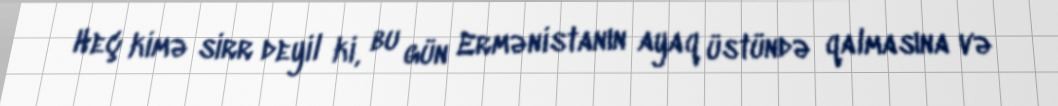
Heç kimə sirr deyil ki, bu gün Ermənistanın ayaq üstündə qalmasına və